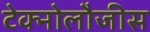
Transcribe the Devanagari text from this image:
टेक्नोलौजीस